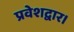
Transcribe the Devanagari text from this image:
प्रवेशद्वार।